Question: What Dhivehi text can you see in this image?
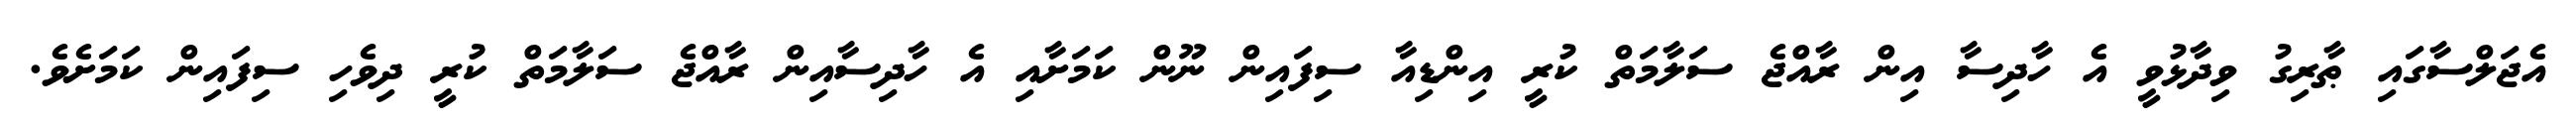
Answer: އެޖަލްސާގައި ޠާރިގު ވިދާޅުވީ އެ ހާދިސާ އިން ރާއްޖެ ސަލާމަތް ކުރީ އިންޑިއާ ސިފައިން ނޫން ކަމަށާއި އެ ހާދިސާއިން ރާއްޖެ ސަލާމަތް ކުރީ ދިވެހި ސިފައިން ކަމަށެވެ.